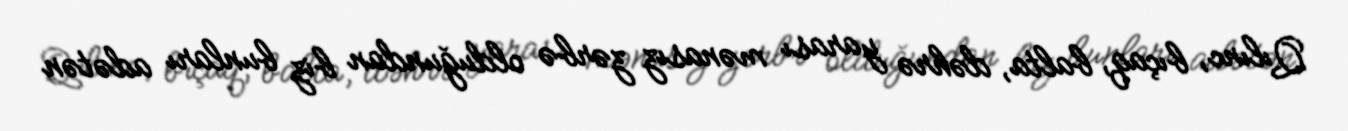
Qılınc, bıçaq, balta, dəhrə yarası mənasız zərbə olduğundan biz bunları adətən